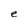
Character: e